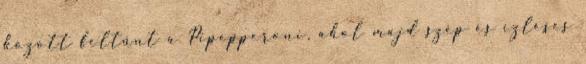
között feltűnt a Pipepperoni, ahol majd szép és ízléses